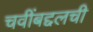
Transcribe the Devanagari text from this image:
चवींबद्दलची